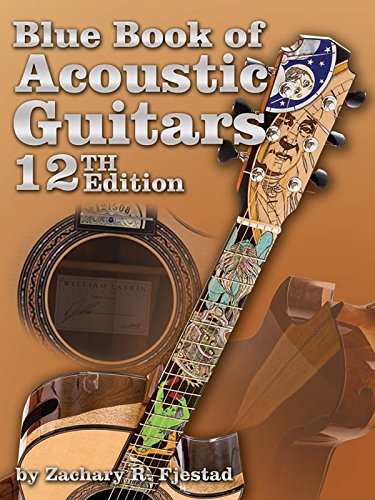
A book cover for Blue Book of Acoustic Guitars (Book & CD-ROM); Zachary R. Fjestad; Crafts, Hobbies & Home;